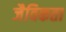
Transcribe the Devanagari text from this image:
जैविकता